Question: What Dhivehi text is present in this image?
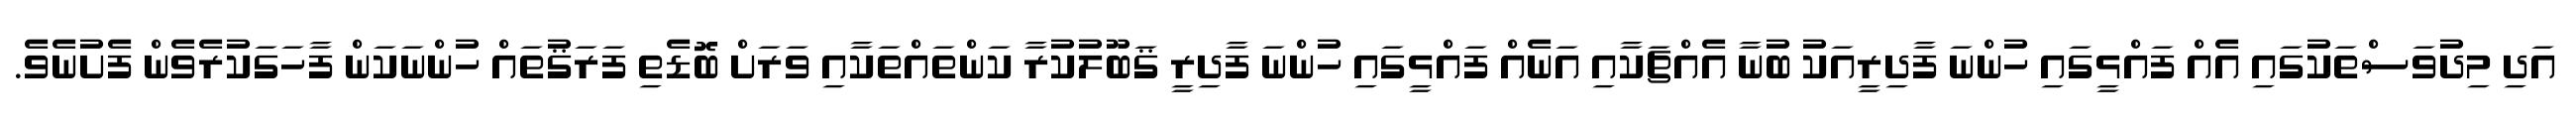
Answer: އަދި މިދުވަސްތަކުގައި އެއް ފައްޅީގައި ހުންނަ ފާދިރީއަކު ބުނާ އެއްޗަކާއި އަނެއް ފައްޅީގައި ހުންނަ ފާދިރީ ޤަބޫލުކުރާ ކަންތައްތަކާއި ވަރަށް ބޮޑެތި ފަރަޤުތައް ހުންނަކަން ފާހަގަކުރެވެން ފެށުނެވެ.